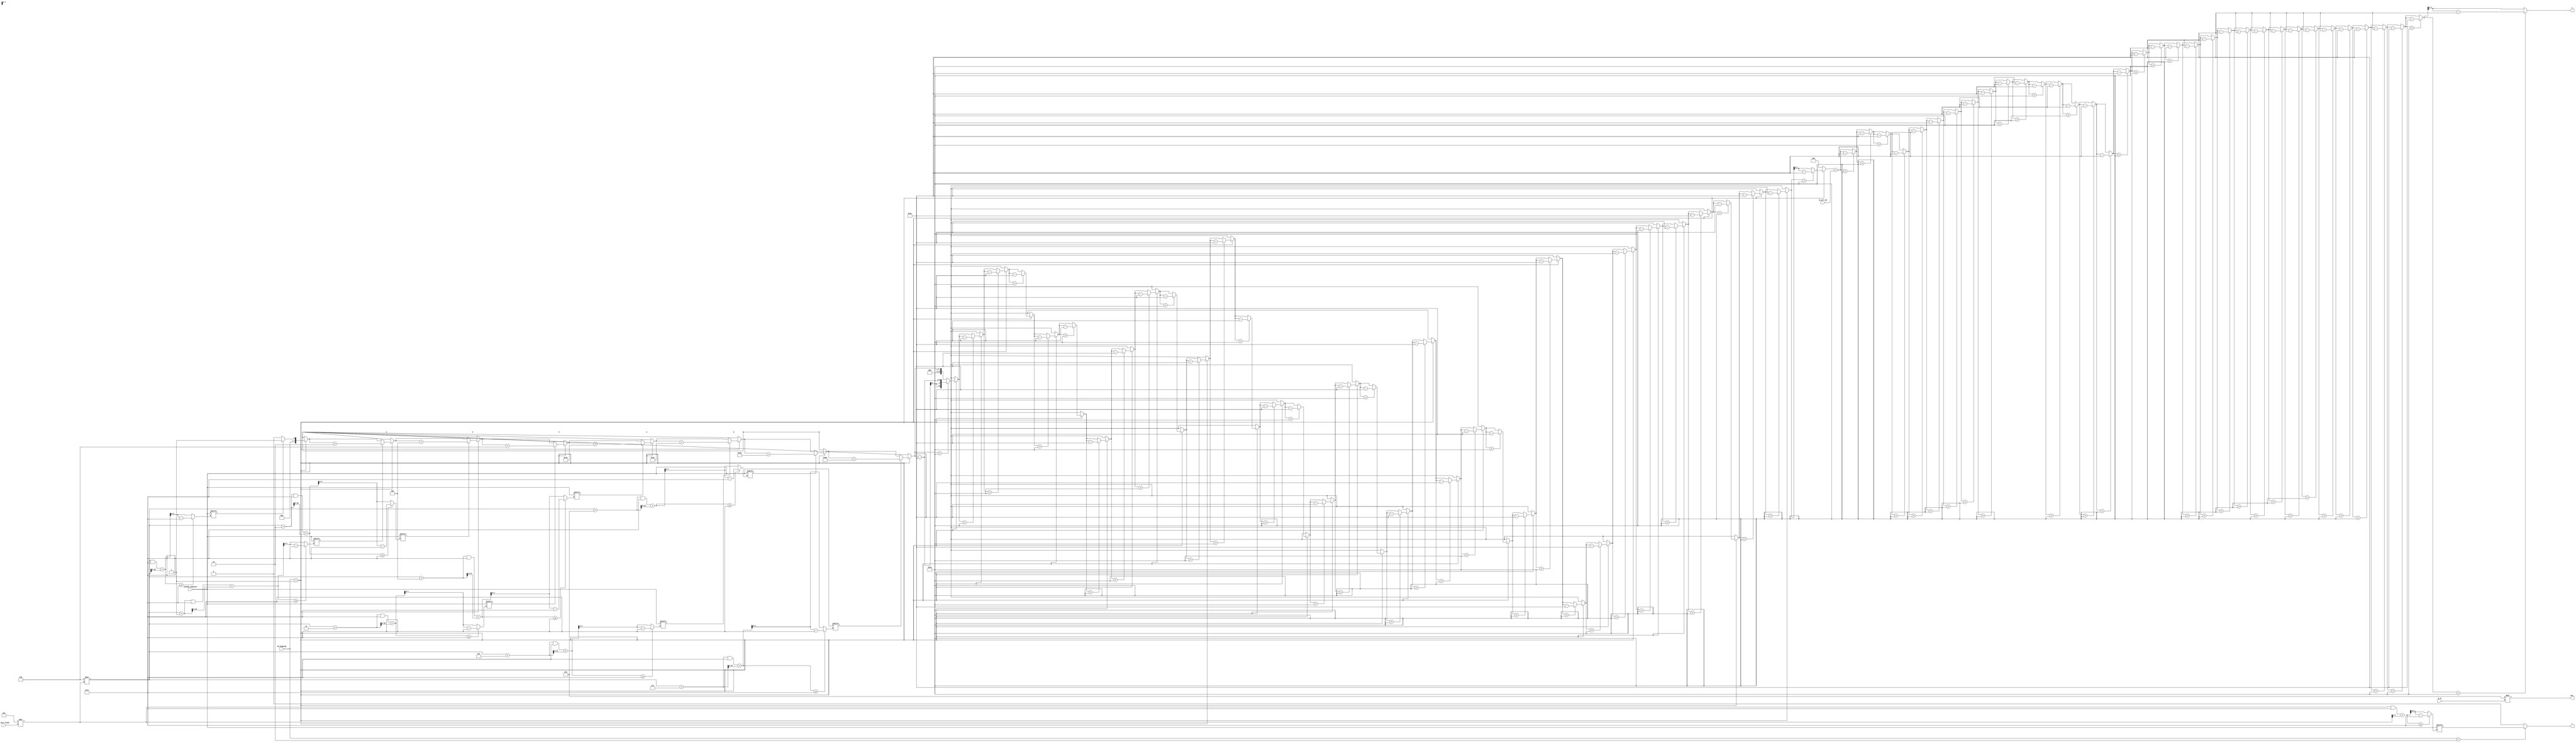
module ParamGen (
	input [3:0] N_slot_frame,
	input [9:0] N_cell_ID,
	input [6:0] N_rb,
	input [1:0] En_hopping,
	input [30:0] pseudo_sequence,
	output wire [9:0] Mzc,
	output reg [4:0] u,
	output reg v
);

assign Mzc = 6 * N_rb;

// Function for mod 31
function [4:0] mod31;
    input [10:0] data_31;
	reg [10:0] temp;
    begin
        temp = data_31;

        // Add higher 6 bits to the lower 5 bits
        temp = (temp & 31) + (temp >> 5);
        // Since the maximum value after this addition can be 62 (which is 31*2),

        // Now temp should be less than 31
        if (temp >= 31)
            temp = temp - 31;

        mod31 = temp[4:0];
    end
endfunction

// Function for mod 30
function [10:0] mod30;
    input [10:0] data_30;
	integer j;
    begin
		mod30 = data_30;
		// For Maximuim no. for a single mod30 operation needs 35 iteration
		for (j = 0; j < 35; j = j + 1)
			begin
				if (mod30 > 7'd29)
					mod30 = mod30 - 7'd30;
			end
    end
endfunction

reg [7:0] f_gh;
reg [7:0] power;
reg [10:0] counter;
reg [7:0] c_catch;

integer i, k;

parameter N_symb_slot = 14;

localparam [1:0] all_dis = 2'd0,
				 gh_en = 2'd1,
				 sh_en = 2'd2;


wire [4:0] seq_hop_catch;
assign seq_hop_catch = mod31(N_symb_slot*N_slot_frame);

wire [4:0] grp_hop_catch_1, grp_hop_catch_2, grp_hop_catch_3, grp_hop_catch_4,
		   grp_hop_catch_5, grp_hop_catch_6, grp_hop_catch_7, grp_hop_catch_8;

assign grp_hop_catch_1 = mod31(8*(N_symb_slot*N_slot_frame));
assign grp_hop_catch_2 = mod31(8*(N_symb_slot*N_slot_frame) + 1);
assign grp_hop_catch_3 = mod31(8*(N_symb_slot*N_slot_frame) + 2);
assign grp_hop_catch_4 = mod31(8*(N_symb_slot*N_slot_frame) + 3);
assign grp_hop_catch_5 = mod31(8*(N_symb_slot*N_slot_frame) + 4);
assign grp_hop_catch_6 = mod31(8*(N_symb_slot*N_slot_frame) + 5);
assign grp_hop_catch_7 = mod31(8*(N_symb_slot*N_slot_frame) + 6);
assign grp_hop_catch_8 = mod31(8*(N_symb_slot*N_slot_frame) + 7);

// Operation on generated gold sequence to obtain u and v
always@(*)
	begin
		f_gh = 7'b0;
		power = 7'b1;
		v = 1'b0;

		case (En_hopping)
		
			all_dis : begin
				f_gh = 7'b0;
				v = 1'b0;
			end
			
			gh_en : begin
				c_catch[0] = pseudo_sequence[grp_hop_catch_1];
				c_catch[1] = pseudo_sequence[grp_hop_catch_2];
				c_catch[2] = pseudo_sequence[grp_hop_catch_3];
				c_catch[3] = pseudo_sequence[grp_hop_catch_4];
				c_catch[4] = pseudo_sequence[grp_hop_catch_5];
				c_catch[5] = pseudo_sequence[grp_hop_catch_6];
				c_catch[6] = pseudo_sequence[grp_hop_catch_7];
				c_catch[7] = pseudo_sequence[grp_hop_catch_8];

				for (i = 0; i < 8; i = i + 1)
					begin
						if (c_catch[i])
							f_gh = f_gh + power;
							
						else
							f_gh = f_gh;
						
						power = power << 1;
					end
					
				f_gh = mod30(f_gh);
				v = 1'b0;
			end
			
			sh_en : begin
				f_gh = 7'b0;
				v = pseudo_sequence[seq_hop_catch];
			end

			default : begin
				f_gh = 7'b0;
				v = 1'b0;
			end
			
		endcase
		
		u = mod30(f_gh + N_cell_ID);

	end

endmodule